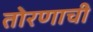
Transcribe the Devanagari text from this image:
तोरणाची